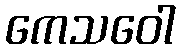
ကေသဝေါ